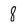
Character: 8